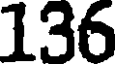
136